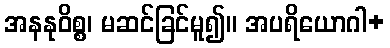
အနနုဝိစ္စ၊ မဆင်ခြင်မူ၍။ အပရိယောဂါ+